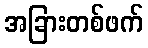
အခြားတစ်ဖက်